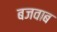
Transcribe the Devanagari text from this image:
बजवाब